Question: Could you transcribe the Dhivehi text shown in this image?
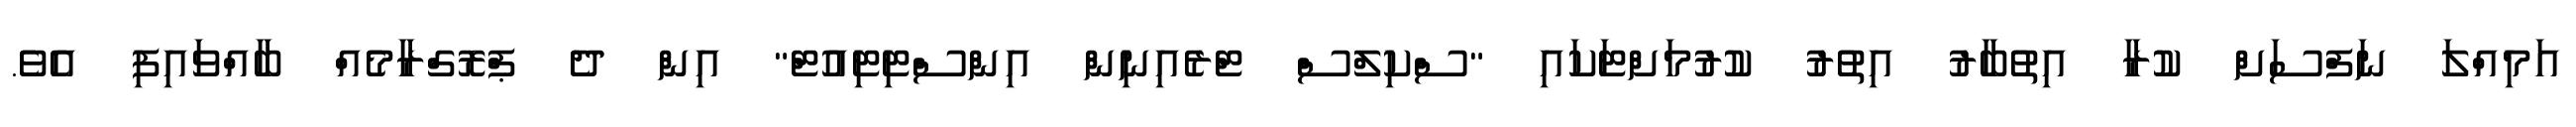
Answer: އަމިއްލަ ނަފްސަށް ކުރާ އިތުބާރު އިތުރު ކުރުމަށްޓަކައި "ސްކިލްސް ޓްރެއިނިން އިންސްޓިޓިއުޓް" އިން ދެ ޕްރޮގްރާމެއް ބާއްވައިފި އެވެ.